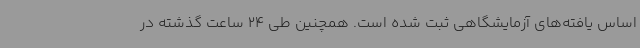
اساس یافته‌های آزمایشگاهی ثبت شده است. همچنین طی 24 ساعت گذشته در